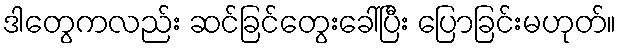
ဒါတွေကလည်း ဆင်ခြင်တွေးခေါ်ပြီး ပြောခြင်းမဟုတ်။